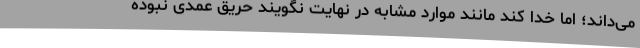
می‌داند؛ اما خدا کند مانند موارد مشابه در نهایت نگویند حریق عمدی نبوده